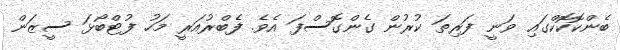
ބެންކޮކޮކްގައި ވަނީ ފަރިތަ ކުރުން ގެންގޮސްފަ އެވެ. ފެބްރުއަރީ މަހު ފުޓްބޯޅަ ސީޒަން